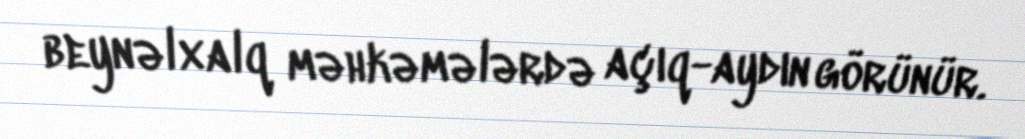
beynəlxalq məhkəmələrdə açıq-aydın görünür.